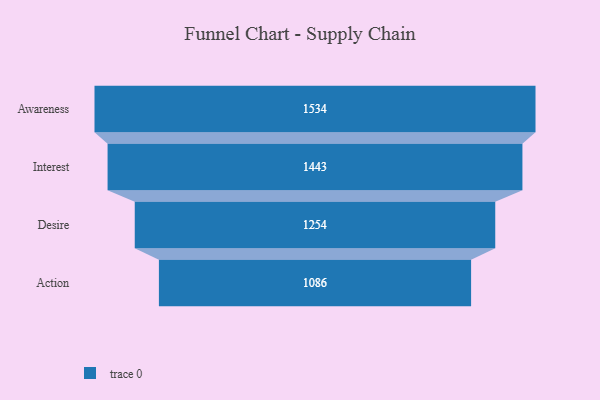
{"axis": {"x": "Stage", "y": "Value"}, "legend": [""], "data": [{"x": "Awareness", "y": 1534.0, "type": ""}, {"x": "Interest", "y": 1443.0, "type": ""}, {"x": "Desire", "y": 1254.0, "type": ""}, {"x": "Action", "y": 1086.0, "type": ""}]}